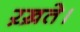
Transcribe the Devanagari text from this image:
ऱख़ते।